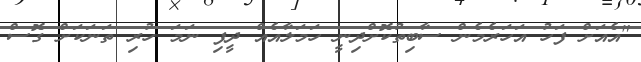
"އެއަށް ފަހު އަހަރެމެން ސާބިތުކޮށްދިނީ ހަމަލާއެއް ދީފި ނަމަ ހުރި ތަނަކަށް ގޮސް